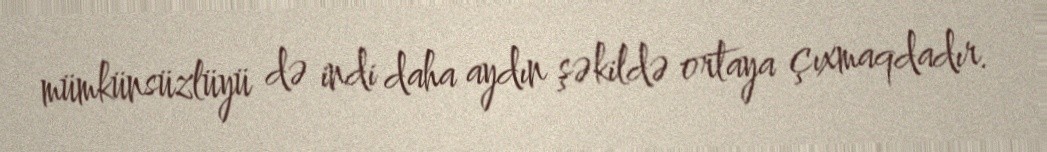
mümkünsüzlüyü də indi daha aydın şəkildə ortaya çıxmaqdadır.